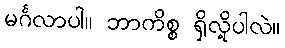
မင်္ဂလာပါ။ ဘာကိစ္စ ရှိလို့ပါလဲ။